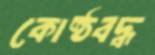
কোষ্ঠবদ্ধ